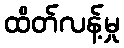
ထိတ်လန့်မှု